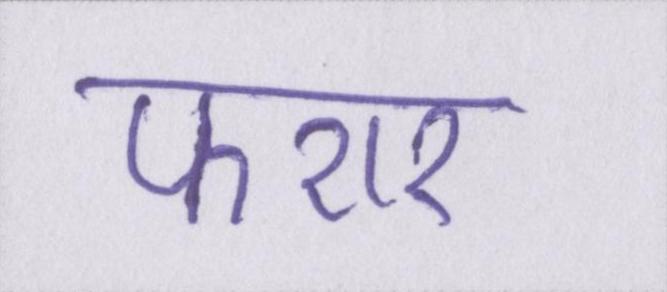
फरार